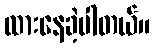
ထားနေခဲ့ပါတယ်။